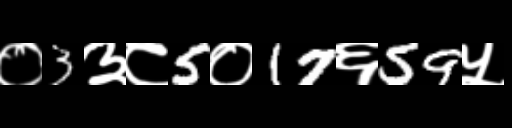
Text: ०3३८5०17६59५